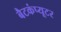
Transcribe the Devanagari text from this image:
बैटकंप्यूटर